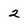
Character: 2